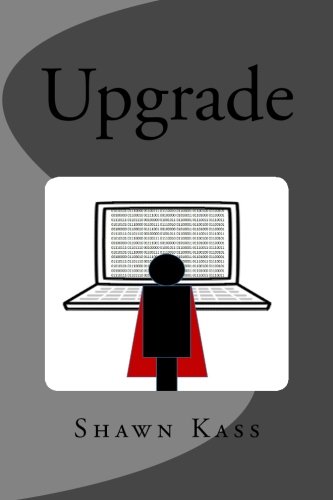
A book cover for Upgrade; Mr Shawn Kass; Science Fiction & Fantasy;